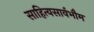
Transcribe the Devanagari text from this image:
साहित्यसार्वभौम